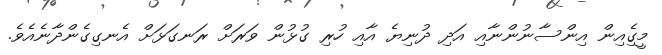
މީގެިއިން އިންސާނުންނާއި އަދި ދުނިޔެ އާއި ހުރި ގުޅުން ވަރަށް ރަނގަޅަށް އެނގިގެންދާނެއެވެ.